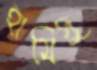
হামিদু